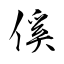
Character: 傒